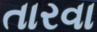
તારવા